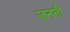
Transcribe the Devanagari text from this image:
जननीं